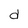
Character: d